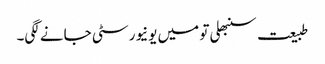
طبیعت سنبھلی تو میں یونیورسٹی جانے لگی۔